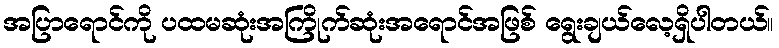
အပြာရောင်ကို ပထမဆုံးအကြိုက်ဆုံးအရောင်အဖြစ် ရွေးချယ်လေ့ရှိပါတယ်။